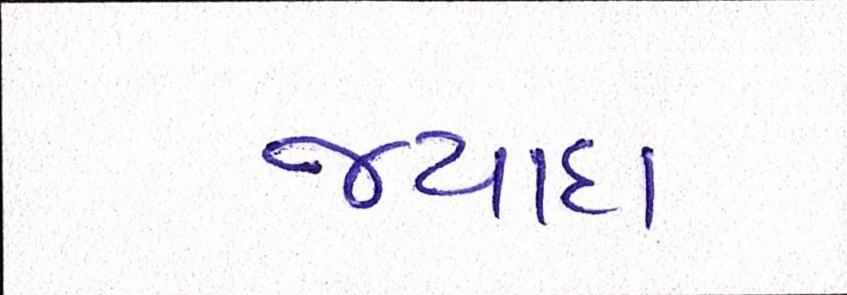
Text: જ્યાદા